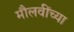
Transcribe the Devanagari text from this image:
मौलवींच्या